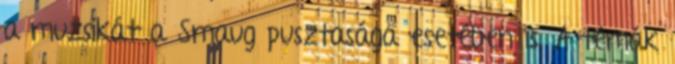
a muzsikát a Smaug pusztasága esetében is. A témák